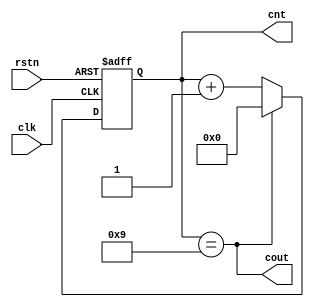
module counter10(
    input rstn,        //reset siganl
    input clk,
    output [3:0] cnt,  //count output
    output cout        //overflow bits
);
reg [3:0] cnt_temp;    //counter register
always@(posedge clk or negedge rstn) begin
    if(!rstn)begin
        cnt_temp<=4'b0;
    end
    else if (cnt_temp==4'd9)begin 
        cnt_temp<=4'b0000;
    end
    else begin
        cnt_temp<=cnt_temp+1'b1;
    end
end
assign cout=(cnt_temp==4'd9);
assign cnt= cnt_temp;
endmodule